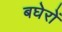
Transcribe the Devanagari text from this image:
बघेरों